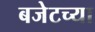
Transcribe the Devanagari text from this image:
बजेटच्या